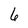
Character: 6